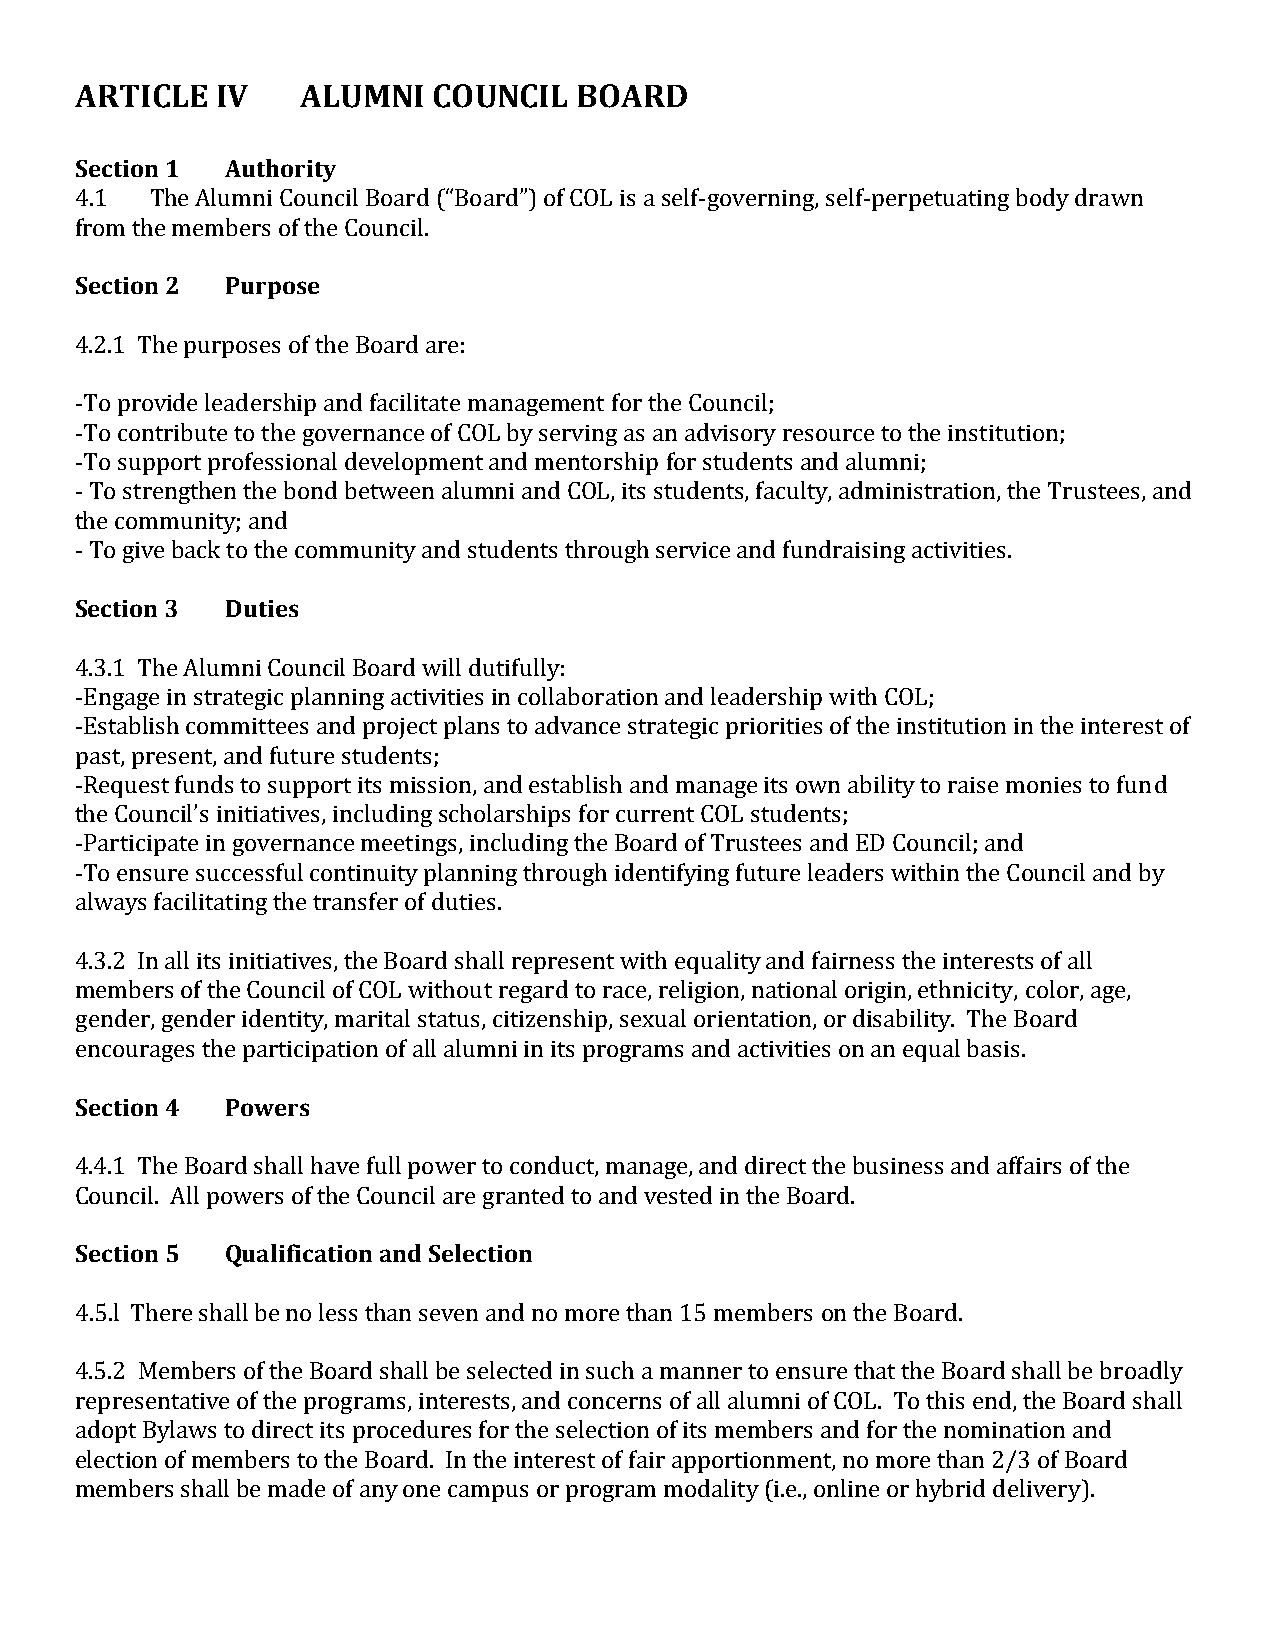
ARTICLE  IV    ALUMNI   COUNCIL  BOARD
 Section 1 Authority
 4.1  The Alumni Council Board (“Board”) of COL is a self-governing, self-perpetuating body drawn
 from the members of the Council.
 Section 2 Purpose
 4.2.1 The purposes of the Board are:
 -To provide leadership and facilitate management for the Council;
 -To contribute to the governance of COL by serving as an advisory resource to the institution;
 -To support professional development and mentorship for students and alumni;
 - To strengthen the bond between alumni and COL, its students, faculty, administration, the Trustees, and
 the community; and
 - To give back to the community and students through service and fundraising activities.
 Section 3 Duties
 4.3.1 The Alumni Council Board will dutifully:
 -Engage in strategic planning activities in collaboration and leadership with COL;
 -Establish committees and project plans to advance strategic priorities of the institution in the interest of
 past, present, and future students;
 -Request funds to support its mission, and establish and manage its own ability to raise monies to fund
 the Council’s initiatives, including scholarships for current COL students;
 -Participate in governance meetings, including the Board of Trustees and ED Council; and
 -To ensure successful continuity planning through identifying future leaders within the Council and by
 always facilitating the transfer of duties.
 4.3.2 In all its initiatives, the Board shall represent with equality and fairness the interests of all
 members of the Council of COL without regard to race, religion, national origin, ethnicity, color, age,
 gender, gender identity, marital status, citizenship, sexual orientation, or disability. The Board
 encourages the participation of all alumni in its programs and activities on an equal basis.
 Section 4 Powers
 4.4.1 The Board shall have full power to conduct, manage, and direct the business and affairs of the
 Council. All powers of the Council are granted to and vested in the Board.
 Section 5 Qualification and Selection
 4.5.l There shall be no less than seven and no more than 15 members on the Board.
 4.5.2 Members of the Board shall be selected in such a manner to ensure that the Board shall be broadly
 representative of the programs, interests, and concerns of all alumni of COL. To this end, the Board shall
 adopt Bylaws to direct its procedures for the selection of its members and for the nomination and
 election of members to the Board. In the interest of fair apportionment, no more than 2/3 of Board
 members shall be made of any one campus or program modality (i.e., online or hybrid delivery).